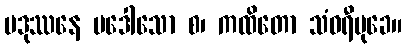
ပဒုဿနေ ပဒေါသော စ၊ ကထိတော သံဝရီမုခေ။